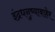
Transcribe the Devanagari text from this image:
इंद्रधनुष्याबाहेर